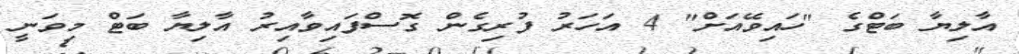
އާލިޔާ ބަޓްގެ "ހައިވޭއަށް" 4 އަހަރު ފުރިގެން ގޮސްފައިވާއިރު އާލިޔާ ބަޓް މިވަނީ